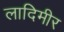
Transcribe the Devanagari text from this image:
लादिमीर